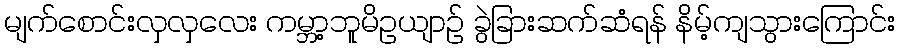
မျက်စောင်းလှလှလေး ကမ္ဘာ့ဘူမိဥယျာဉ် ခွဲခြားဆက်ဆံရန် နိမ့်ကျသွားကြောင်း